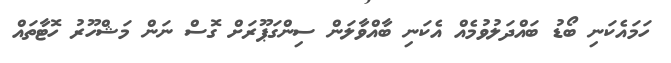
ހަމައެކަނި ބޯޑު ބައްދަލުވުމެއް އެކަނި ބާއްވާލަން ސިންގަޕޫރަށް ގޮސް ނަން މަޝްހޫރު ހޮޓާތައް